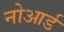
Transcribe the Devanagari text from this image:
नोआर्ड